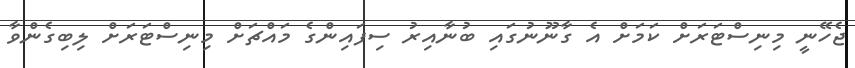
ޖެހޭނީ މިނިސްޓަރަށް ކަމަށް އެ ގާނޫނުގައި ބުނާއިރު ސިފައިންގެ މައްޗަށް މިނިސްޓަރަށް ލިބިގެންވާ